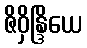
ဇိဝှိန္ဒြိယေ